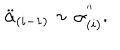
\ddot { \alpha } _ { ( i - 1 ) } \sim \alpha _ { ( i ) } ^ { ' ^ { \prime } } .